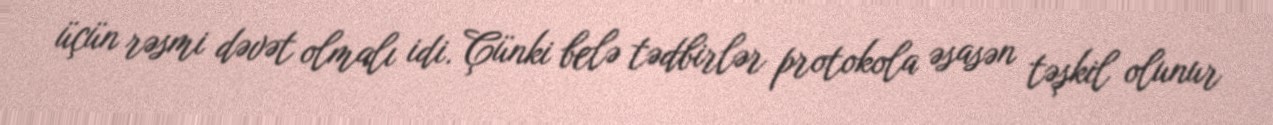
üçün rəsmi dəvət olmalı idi. Çünki belə tədbirlər protokola əsasən təşkil olunur